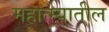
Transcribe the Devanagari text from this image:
महात्म्यातील